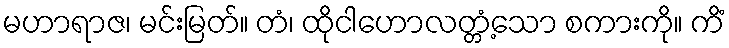
မဟာရာဇ၊ မင်းမြတ်။ တံ၊ ထိုငါဟောလတ္တံ့သော စကားကို။ ကိံ